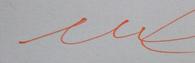
Signature authenticity: forged